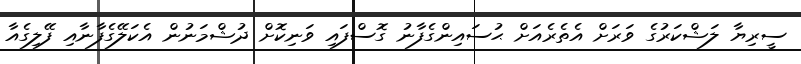
ސީރިޔާ ލަޝްކަރުގެ ވަރަށް އެތެރެއަށް ޙުސައިންގެފާނު ގޮސްފައި ވަނިކޮށް ދުޝްމަނުން އެކަލޭގެފާނާއި ފޭލިގެއާ